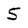
Character: 5